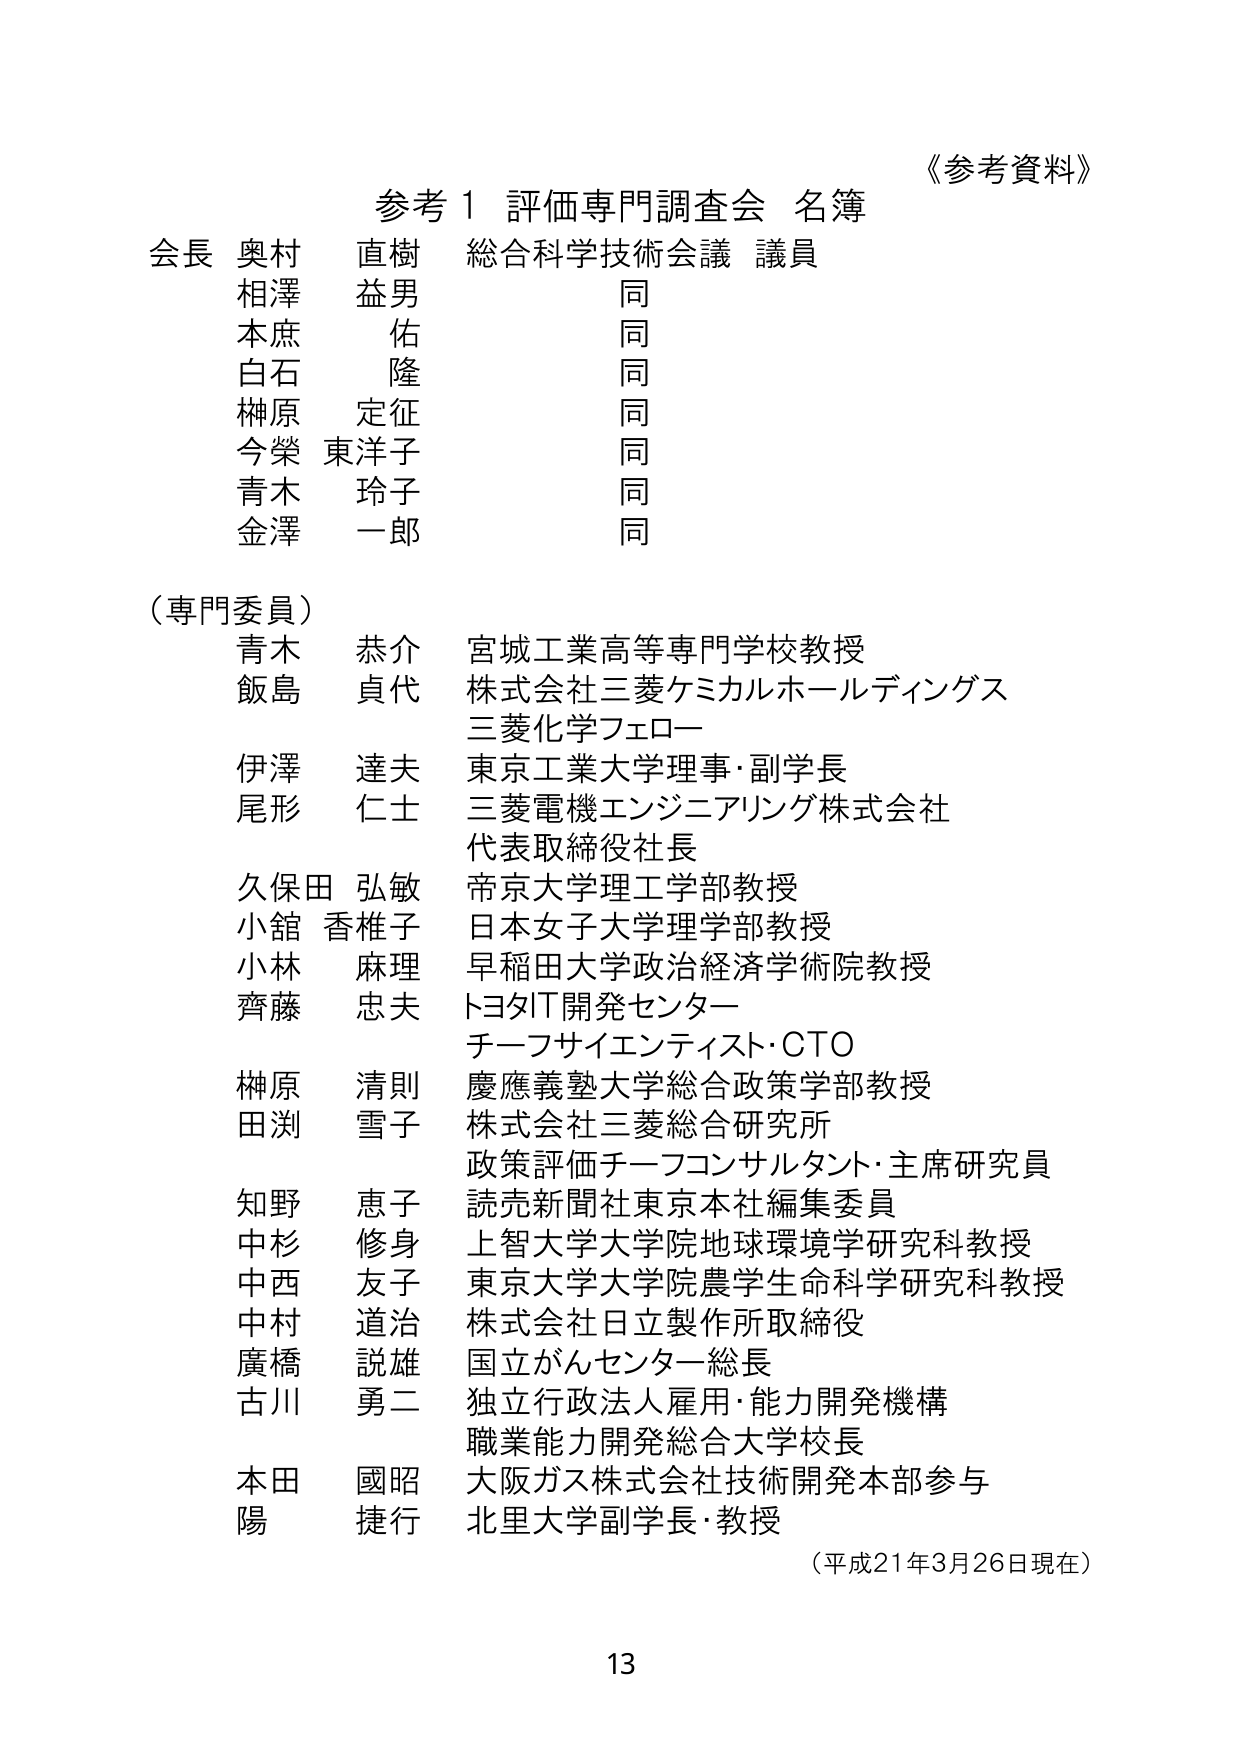
《参考資料》

参考１ 評価専門調査会 名簿

会長 奥村 直樹 総合科学技術会議 議員
相澤 益男 同
本庶 佑 同
白石 隆 同
榊原 定征 同
今榮 東洋子 同
青木 玲子 同
金澤 一郎 同

（専門委員）
青木 恭介 宮城工業高等専門学校教授
飯島 貞代 株式会社三菱ケミカルホールディングス
　　　　　三菱化学フェロー
伊澤 達夫 東京工業大学理事・副学長
尾形 仁士 三菱電機エンジニアリング株式会社
　　　　　代表取締役社長
久保田 弘敏 帝京大学理工学部教授
小舘 香椎子 日本女子大学理学部教授
小林 麻理 早稲田大学政治経済学術院教授
齊藤 忠夫 トヨタIT開発センター
　　　　　チーフサイエンティスト・CTO
榊原 清則 慶應義塾大学総合政策学部教授
田渕 雪子 株式会社三菱総合研究所
　　　　　政策評価チーフコンサルタント・主席研究員
知野 恵子 読売新聞社東京本社編集委員
中杉 修身 上智大学大学院地球環境学研究科教授
中西 友子 東京大学大学院農学生命科学研究科教授
中村 道治 株式会社日立製作所取締役
廣橋 説雄 国立がんセンター総長
古川 勇二 独立行政法人雇用・能力開発機構
　　　　　職業能力開発総合大学校長
本田 國昭 大阪ガス株式会社技術開発本部参与
陽 捷行 北里大学副学長・教授

（平成21年3月26日現在）

13